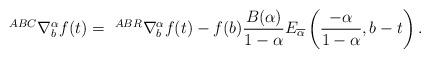
LaTeX: \begin{align*} ~^{ABC}\nabla_b^{\alpha} f(t)=~^{ABR}\nabla_b^{\alpha} f(t)-f(b)\frac{B(\alpha)}{1-\alpha}E_{\overline{\alpha}}\left(\frac{ -\alpha}{1-\alpha},b-t\right).\end{align*}